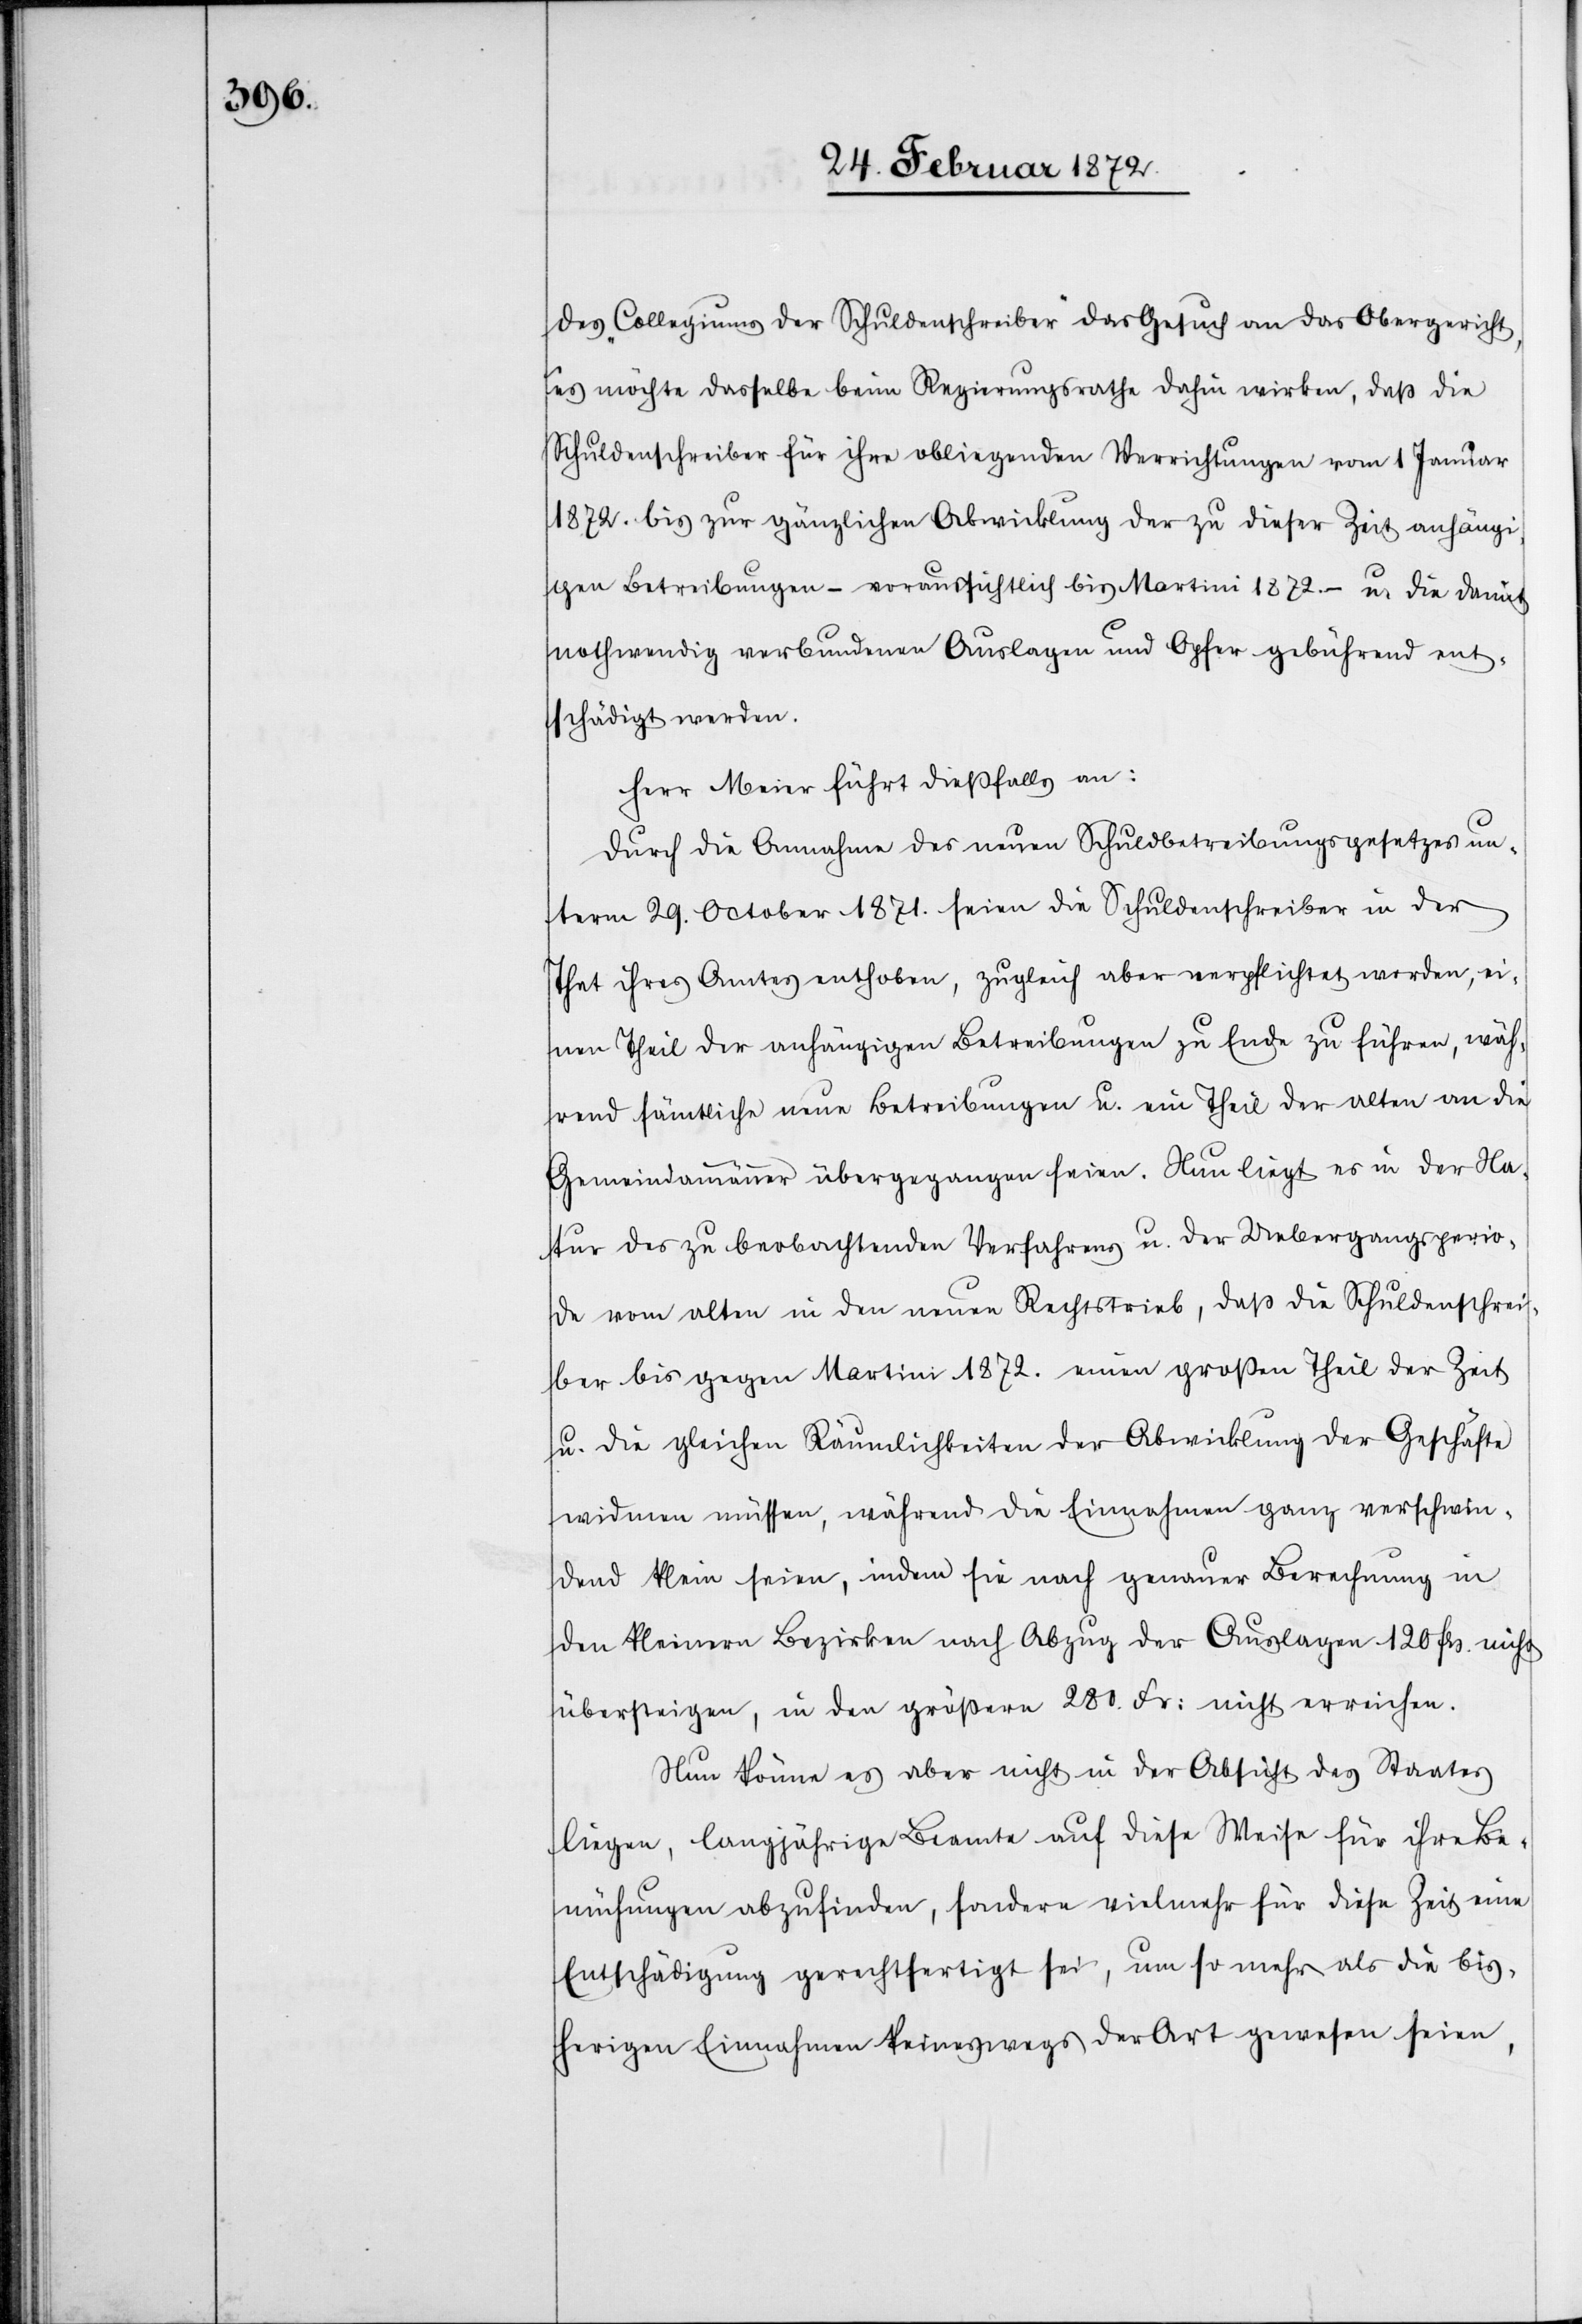
des Collegiums der Schuldenschreiber das Gesuch an das Obergericht,
es möchte dasselbe beim Regierungsrathe dahin wirken, daß die
Schuldenschreiber für ihre obliegende Verrichtungen vom 1 Januar
1872. bis zur gänzlichen Abwicklung der zu dieser Zeit anhängi¬
gen Betreibungen – voraussichtlich bis Martini 1872. – u. die damit
nothwendig verbundenen Auslagen und Opfer gebührend ent¬
schädigt werden.
Herr Meier führt dießfalls an:
Durch die Annahme des neuen Schuldbetreibungsgesetzes un¬
term 29. October 1871. seien die Schuldenschreiber in der
That ihres Amtes enthoben, zugleich aber verpflichtet worden, ei¬
nen Theil der anhängigen Betreibungen zu Ende zu führen, wäh¬
rend sämtliche neue Bestrebungen u. ein Theil der alten an die
Gemeindammänner übergegangen seien. Nun liegt es in der Na¬
tur des zu beobachtenden Verfahrens u. der Uebergangsperio¬
de vom alten in den neuen Rechtstrieb, daß die Schuldenschrei¬
ber bis gegen Martini 1872. einen großen Theil der Zeit
u. die gleichen Räumlichkeiten der Abwicklung der Geschäfte
widmen müssen, während die Einnahmen ganz verschwin¬
dend klein seien, indem sie nach genauer Berechnung in
den kleinern Bezirken nach Abzug der Auslagen 120 frs. nicht
übersteigen, in den größern 280 Fr. nicht erreichen.
Nun könne es aber nicht in der Absicht des Staates
liegen, langjährige Beamte auf diese Weise für ihre Be¬
mühungen abzufinden, sondern vielmehr für diese Zeit eine
Entschädigung gerechtfertigt sei, um so mehr als die bis¬
herigen Einnahmen keineswegs der Art gewesen seien,